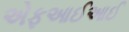
એફઆઈઆઈ